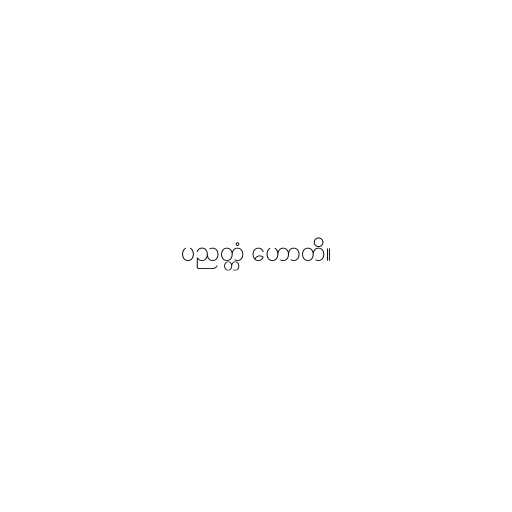
ပညတ္တံ ဟောတိ။